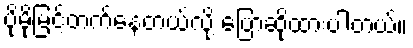
ပိုမိုမြင့်တက်နေတယ်လို့ ပြောဆိုထားပါတယ်။